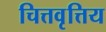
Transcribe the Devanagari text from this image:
चित्तवृत्तिय